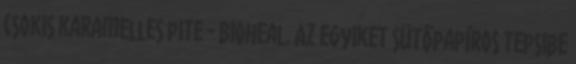
csokis karamelles pite - Bioheal. Az egyiket sütőpapíros tepsibe